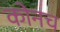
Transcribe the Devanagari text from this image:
कोनच